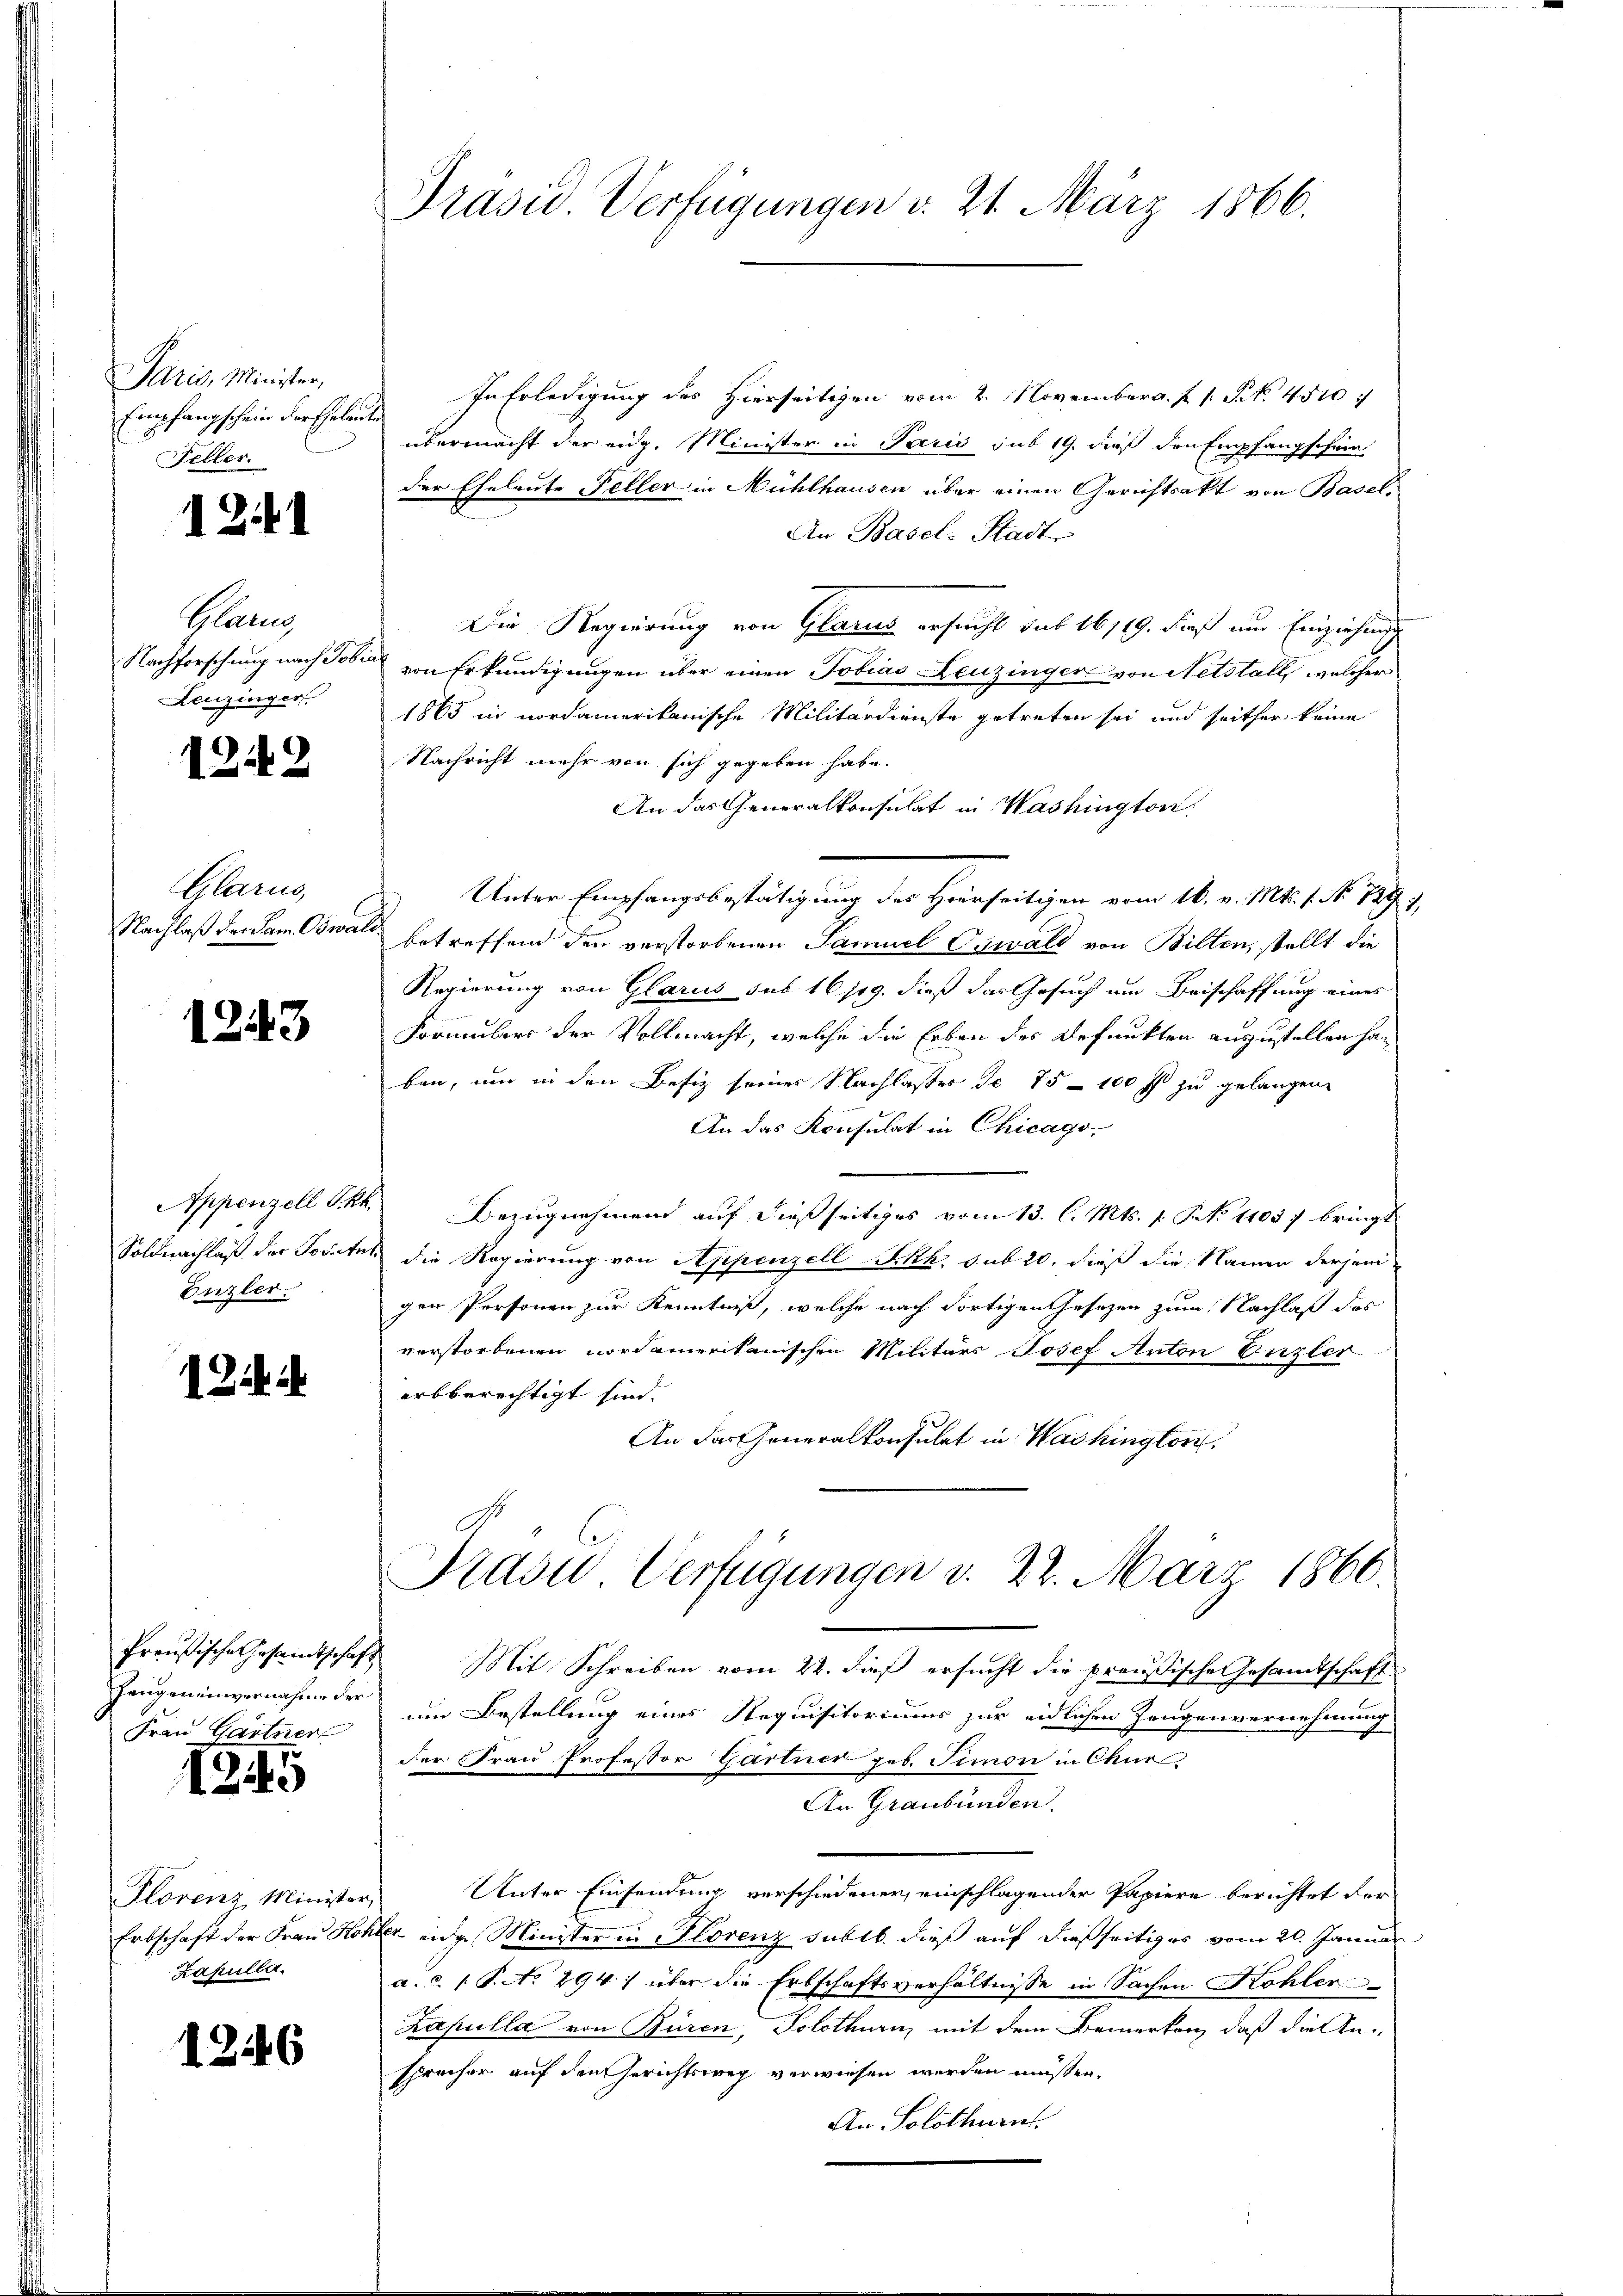
Paris, Minister,
Empfangschein der Eheleut
Feller.

1241

Han
Nachforschung nach Tob
Leuzinger.

1243

Appenzell S. R.
Soldnachlaß der Jos. An
Enzler.

1 Zif

1

1249

Glarus,
Nachlaß der Sam. Oswal

Zeugeneinvernahme der
Frau Gärtner

45

Plorenz, Minister,
Erbschaft der Frau Sto
Kapulla.

1246

Präsid. Verfügungen d. 21. März 1866.

In Erledigung des Hierseitigen vom 2. November a. f. 1 S. 4510
7
übermacht der eidg. Minister in Paris sub 19. dieß den Empfangschein
der Eheleute Feller in Mühlhausen über einen Gerichtsakt von Basel,
An Basel-Stadt
Die Regierung von Glarus ersucht sub 16/19. dieß um Einziehung
von Erkundigungen über einen Tobias Leuzinger von Netstall, welcher
1865 in nordamerikanische Militärdienste getreten sei und seither keine
Nachricht mehr von sich gegeben habe.
An das Generalkonsulat in Washington,
Unter Empfangsbestätigung des Hourseitigen vom 16. v. Mts. 1. No. 1897
betreffend den verstorbenen Samuel Oswald von Bilten, stellt die
Regierung von Glarus sub. 16/19. dieß das Gesuch um Beischaffung eines
Frommlers der Vollmacht, welche die Erben der Befunkten auszustellen han
ben, um in den Besiz seines Nachlasses de 75 - 100 fl zu gelangen
An das Konsulat in Chicago,
Bezugnehmen auf dießseitiges vom 13. l. Mts. 1. No 11037 bringt
die Regierung von Appenzell Akk, sub 20. dieß die Namen derjenigen Personen zur Kenntniß, welche nach dortigen Gesetzen zum Nachlaß des
verstorbenen nordamerikanischen Militärs Josef Anton Vizler
arbberechtigt sind.
An das Generalkonsulat in Washington,
Präsid. Verfügungen v. 22. März 1866.
Preußische Gesamtschaft Mit Schreiben vom 22. dieß ersucht die preußische Gesamtschaft
um Bestellung eines Requisitoriums zur eidlichen Zeugenvernehmung
der Frau Professor Gartner geb. Simon in Chur
An Graubünden.
Unter Einsendung verschiedener, einschlagender Papiere berichtet der
kler eidg. Minister in Florenz sublb. dieß auf dießseitiges vom 20. Januar
a.c. s. S. No 294. über die Erbschaftsverhältnisse in Sachen Kohler
Zapulla von Büren, Solothurn, mit dem Bemerken, daß die An-
sprecher auf den Gerichtsweg verwiesen werden müssen.
An Solothurn